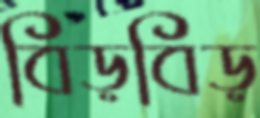
বিড়বিড়